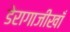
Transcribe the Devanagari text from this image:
डेरागाजीखाँ